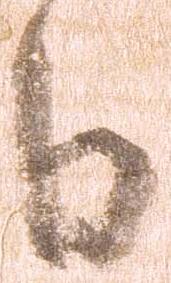
日